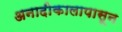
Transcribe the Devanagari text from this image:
अनादीकालापासून